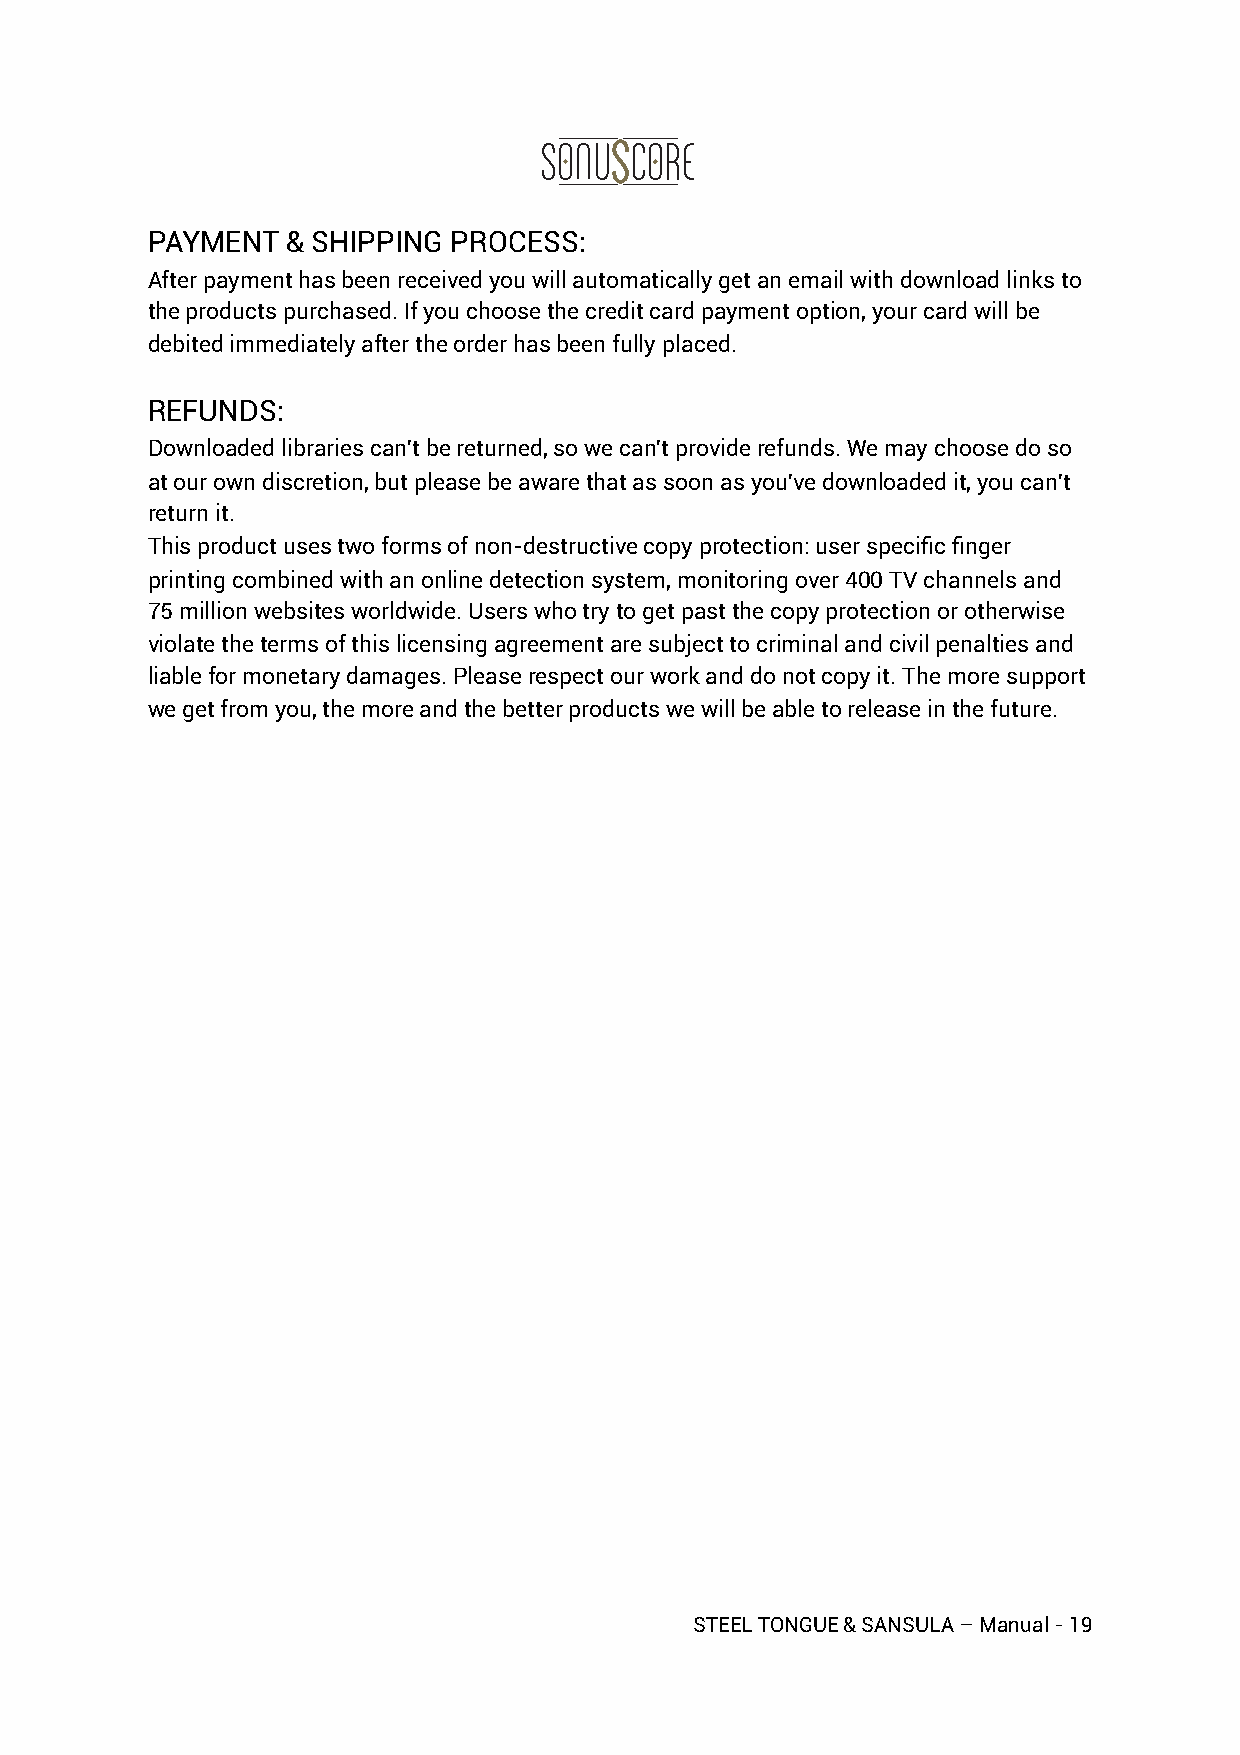
PAYMENT  & SHIPPING PROCESS:
 After payment has been received you will automatically get an email with download links to
 the products purchased. If you choose the credit card payment option, your card will be
 debited immediately after the order has been fully placed.
 REFUNDS:
 Downloaded libraries can't be returned, so we can't provide refunds. We may choose do so
 at our own discretion, but please be aware that as soon as you've downloaded it, you can't
 return it.
 This product uses two forms of non-destructive copy protection: user specific finger
 printing combined with an online detection system, monitoring over 400 TV channels and
 75 million websites worldwide. Users who try to get past the copy protection or otherwise
 violate the terms of this licensing agreement are subject to criminal and civil penalties and
 liable for monetary damages. Please respect our work and do not copy it. The more support
 we get from you, the more and the better products we will be able to release in the future.
 STEEL TONGUE & SANSULA – Manual - 19